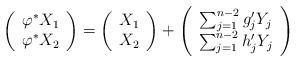
LaTeX: \begin{align*}\left(\begin{array}{c}\varphi^{*} X_{1} \\\varphi^{*} X_{2}\end{array}\right) = \left( \begin{array}{c}X_{1} \\X_{2}\end{array} \right) + \left(\begin{array}{c}\sum_{j=1}^{n-2} g_{j}' Y_{j} \\\sum_{j=1}^{n-2} h_{j}' Y_{j}\end{array}\right)\end{align*}